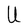
Character: U